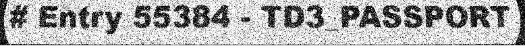
# Entry 55384 - TD3_PASSPORT